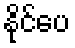
နိုင်ပေ